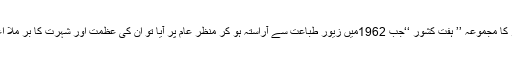
ان کے کینٹوز کا مجموعہ ’’ ہفت کشور ‘‘جب 1962میں زیور طباعت سے آراستہ ہو کر منظر عام پر آیا تو ان کی عظمت اور شہرت کا بر ملا اعتراف کیا گیا۔